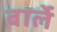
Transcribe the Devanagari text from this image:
बार्ले